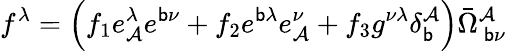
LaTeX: f^{\lambda}=\left(f_{1}e_{\mathcal{A}}^{\lambda}e^{\mathsf{b}\nu}+f_{2}e^{\mathsf{b}\lambda}e_{\mathcal{A}}^{\nu}+f_{3}g^{\nu\lambda}\delta_{\mathsf{b}}^{\mathcal{A}}\right)\bar{{\Omega}}_{~\mathsf{b}\nu}^{\mathcal{A}}